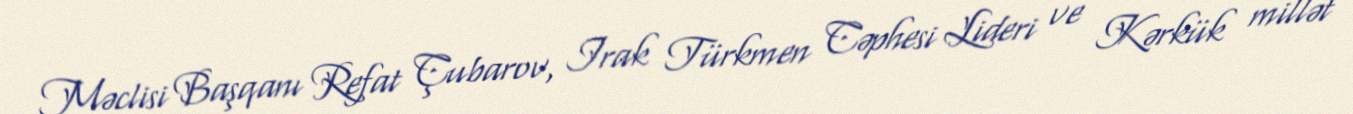
Məclisi Başqanı Refat Çubarov, Irak Türkmen Cəphesi Lideri ve Kərkük millət